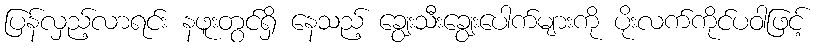
ပြန်လှည့်လာရင်း နဖူးတွင်ရှိ နေသည့် ချွေးသီးချွေးပေါက်များကို ပိုးလက်ကိုင်ပဝါဖြင့်